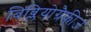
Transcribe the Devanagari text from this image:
बिब्लियोग्रैफीज